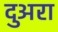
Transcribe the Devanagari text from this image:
दुअरा